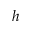
h